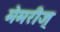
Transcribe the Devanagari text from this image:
मेमरीज्